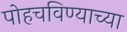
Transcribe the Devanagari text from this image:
पोहचविण्याच्या